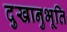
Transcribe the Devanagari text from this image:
दुखानुभूति